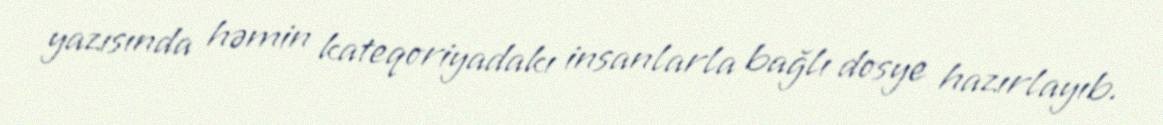
yazısında həmin kateqoriyadakı insanlarla bağlı dosye hazırlayıb.